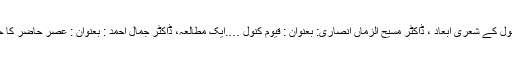
،پروفیسر انور ظہیر انصاری : بعنوان : قیوم کنول کے شعری اَبعاد ، ڈاکٹر مسیح الزماں انصاری: بعنوان : قیوم کنولؔ ….ایک مطالعہ، ڈاکٹر جمال احمد : بعنوان : عصرِ حاضر کا حساس شاعر قیوم کنولؔ وغیرہ وغیرہ شامل ہیں ۔